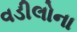
વડીલોના